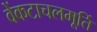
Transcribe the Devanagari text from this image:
वेंकटाचलमूर्ति